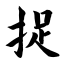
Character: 捉